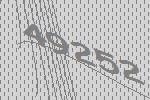
49252